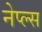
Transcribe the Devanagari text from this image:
नेप्ल्स